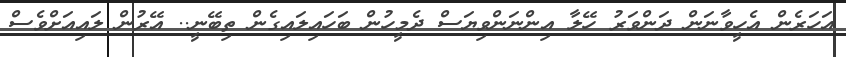
އަހަރެން އެހީވާނަން ދަންވަރު ހޭލާ އިންނަންވިޔަސް ދެމީހުން ބަހައިލައިގެން ތިބޭނީ.. އޭރުން ލައިއަށްވެސް